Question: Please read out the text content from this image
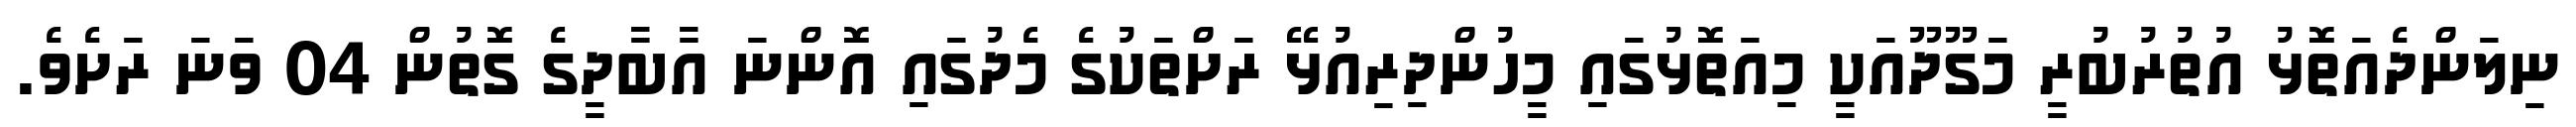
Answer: ނިލަންދެއަތޮޅު އުތުރުބުރީ މަގޫދޫއަކީ މިއަތޮޅުގައި މީހުންދިރިއުޅޭ ރަށްތަކުގެ މެދުގައި އޮންނަ އާބާދީގެ ގޮތުން 04 ވަނަ ރަށެވެ.